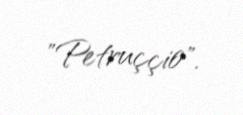
"Petruççio".